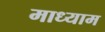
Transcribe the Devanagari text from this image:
माध्याम